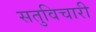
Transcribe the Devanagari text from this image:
सतुविचारी